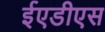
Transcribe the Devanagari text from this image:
ईएडीएस